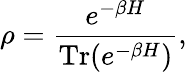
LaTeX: \rho={\frac{e^{-\beta H}}{\operatorname{Tr}(e^{-\beta H})}},